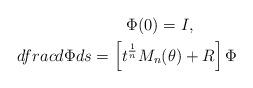
LaTeX: \begin{align*}\Phi(0)=I, \ \ \ \ \ \ \ \ \\dfrac{d\Phi}{ds}=\left[t^{\frac{1}{n}} M_n(\theta)+R\right]\Phi\end{align*}